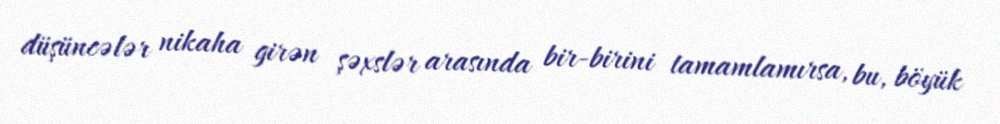
düşüncələr nikaha girən şəxslər arasında bir-birini tamamlamırsa, bu, böyük